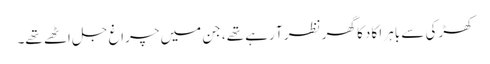
کھڑکی سے باہر اکا دکا گھر نظر آ رہے تھے، جن میں چراغ جل اٹھے تھے۔